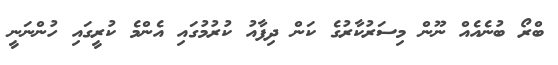
ބްރޯ ބުނެއެއް ނޫން މިސަރުކާރުގެ ކަން ދިފާއު ކުރުުމުގައި އެންމެ ކުރީގައި ހުންނަނީ